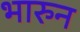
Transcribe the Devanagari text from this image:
भारुन